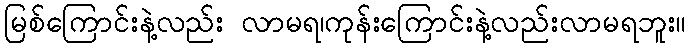
မြစ်ကြောင်းနဲ့လည်း လာမရ၊ကုန်းကြောင်းနဲ့လည်းလာမရဘူး။